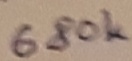
Text: 680K